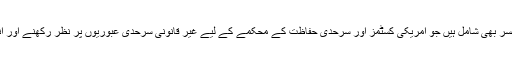
اس دیوار کی تعمیر میں کیمرے اور سنسر بھی شامل ہیں جو امریکی کسٹمز اور سرحدی حفاظت کے محکمے کے لیے غیر قانونی سرحدی عبوریوں پر نظر رکھنے اور انہیں روکنے میں مددگار ثابت ہوں گے۔